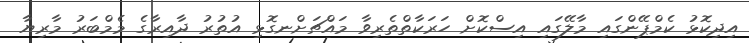
އިދިކޮޅު ކެމްޕޭންގައި މާލޭގައި އިސްކޮށް ހަރަކާތްތެރިވާ މައްޗަށްނގޮޅި އުތުރު ދާއިރާގެ މެމްބަރު މާރިޔާ